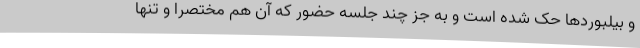
و بیلبوردها حک شده است و به جز چند جلسه حضور که آن هم مختصرا و تنها